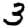
Digit: 3